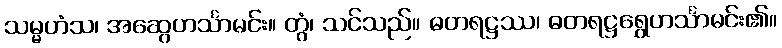
သမ္မဟံသ၊ အဆွေဟင်္သာမင်း။ တွံ၊ သင်သည်။ ဓတရဋ္ဌဿ၊ ဓတရဋ္ဌရွှေဟင်္သာမင်း၏။